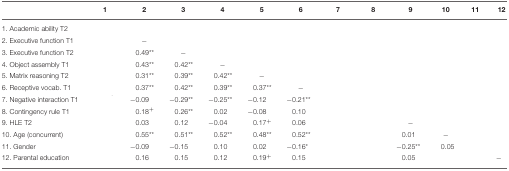
<table><thead><tr><td>[EMPTY_CELL]</td><td><b>1</b></td><td><b>2</b></td><td><b>3</b></td><td><b>4</b></td><td><b>5</b></td><td><b>6</b></td><td><b>7</b></td><td><b>8</b></td><td><b>9</b></td><td><b>10</b></td><td><b>11</b></td><td><b>12</b></td></tr></thead><tbody><tr><td>1. Academic ability T2</td><td>[EMPTY_CELL]</td><td>[EMPTY_CELL]</td><td>[EMPTY_CELL]</td><td>[EMPTY_CELL]</td><td>[EMPTY_CELL]</td><td>[EMPTY_CELL]</td><td>[EMPTY_CELL]</td><td>[EMPTY_CELL]</td><td>[EMPTY_CELL]</td><td>[EMPTY_CELL]</td><td>[EMPTY_CELL]</td><td>[EMPTY_CELL]</td></tr><tr><td>2. Executive function T1</td><td>[EMPTY_CELL]</td><td>−</td><td>[EMPTY_CELL]</td><td>[EMPTY_CELL]</td><td>[EMPTY_CELL]</td><td>[EMPTY_CELL]</td><td>[EMPTY_CELL]</td><td>[EMPTY_CELL]</td><td>[EMPTY_CELL]</td><td>[EMPTY_CELL]</td><td>[EMPTY_CELL]</td><td>[EMPTY_CELL]</td></tr><tr><td>3. Executive function T2</td><td>[EMPTY_CELL]</td><td>0.49<sup>**</sup></td><td>−</td><td>[EMPTY_CELL]</td><td>[EMPTY_CELL]</td><td>[EMPTY_CELL]</td><td>[EMPTY_CELL]</td><td>[EMPTY_CELL]</td><td>[EMPTY_CELL]</td><td>[EMPTY_CELL]</td><td>[EMPTY_CELL]</td><td>[EMPTY_CELL]</td></tr><tr><td>4. Object assembly T1</td><td>[EMPTY_CELL]</td><td>0.43<sup>**</sup></td><td>0.42<sup>**</sup></td><td>−</td><td>[EMPTY_CELL]</td><td>[EMPTY_CELL]</td><td>[EMPTY_CELL]</td><td>[EMPTY_CELL]</td><td>[EMPTY_CELL]</td><td>[EMPTY_CELL]</td><td>[EMPTY_CELL]</td><td>[EMPTY_CELL]</td></tr><tr><td>5. Matrix reasoning T2</td><td>[EMPTY_CELL]</td><td>0.31<sup>**</sup></td><td>0.39<sup>**</sup></td><td>0.42<sup>**</sup></td><td>−</td><td>[EMPTY_CELL]</td><td>[EMPTY_CELL]</td><td>[EMPTY_CELL]</td><td>[EMPTY_CELL]</td><td>[EMPTY_CELL]</td><td>[EMPTY_CELL]</td><td>[EMPTY_CELL]</td></tr><tr><td>6. Receptive vocab. T1</td><td>[EMPTY_CELL]</td><td>0.37<sup>**</sup></td><td>0.42<sup>**</sup></td><td>0.39<sup>**</sup></td><td>0.37<sup>**</sup></td><td>−</td><td>[EMPTY_CELL]</td><td>[EMPTY_CELL]</td><td>[EMPTY_CELL]</td><td>[EMPTY_CELL]</td><td>[EMPTY_CELL]</td><td>[EMPTY_CELL]</td></tr><tr><td>7. Negative interaction T1</td><td>[EMPTY_CELL]</td><td>−0.09</td><td>−0.29<sup>**</sup></td><td>−0.25<sup>**</sup></td><td>−0.12</td><td>−0.21<sup>**</sup></td><td>[EMPTY_CELL]</td><td>[EMPTY_CELL]</td><td>[EMPTY_CELL]</td><td>[EMPTY_CELL]</td><td>[EMPTY_CELL]</td><td>[EMPTY_CELL]</td></tr><tr><td>8. Contingency rule T1</td><td>[EMPTY_CELL]</td><td>0.18<sup>+</sup></td><td>0.26<sup>**</sup></td><td>0.02</td><td>−0.08</td><td>0.10</td><td>[EMPTY_CELL]</td><td>[EMPTY_CELL]</td><td>[EMPTY_CELL]</td><td>[EMPTY_CELL]</td><td>[EMPTY_CELL]</td><td>[EMPTY_CELL]</td></tr><tr><td>9. HLE T2</td><td>[EMPTY_CELL]</td><td>0.03</td><td>0.12</td><td>−0.04</td><td>0.17<sup>+</sup></td><td>0.06</td><td>[EMPTY_CELL]</td><td>[EMPTY_CELL]</td><td>−</td><td>[EMPTY_CELL]</td><td>[EMPTY_CELL]</td><td>[EMPTY_CELL]</td></tr><tr><td>10. Age (concurrent)</td><td>[EMPTY_CELL]</td><td>0.55<sup>**</sup></td><td>0.51<sup>**</sup></td><td>0.52<sup>**</sup></td><td>0.48<sup>**</sup></td><td>0.52<sup>**</sup></td><td>[EMPTY_CELL]</td><td>[EMPTY_CELL]</td><td>0.01</td><td>−</td><td>[EMPTY_CELL]</td><td>[EMPTY_CELL]</td></tr><tr><td>11. Gender</td><td>[EMPTY_CELL]</td><td>−0.09</td><td>−0.15</td><td>0.10</td><td>0.02</td><td>−0.16<sup>*</sup></td><td>[EMPTY_CELL]</td><td>[EMPTY_CELL]</td><td>−0.25<sup>**</sup></td><td>0.05</td><td>[EMPTY_CELL]</td><td>[EMPTY_CELL]</td></tr><tr><td>12. Parental education</td><td>[EMPTY_CELL]</td><td>0.16</td><td>0.15</td><td>0.12</td><td>0.19<sup>+</sup></td><td>0.15</td><td>[EMPTY_CELL]</td><td>[EMPTY_CELL]</td><td>0.05</td><td>[EMPTY_CELL]</td><td>[EMPTY_CELL]</td><td>−</td></tr></tbody></table>